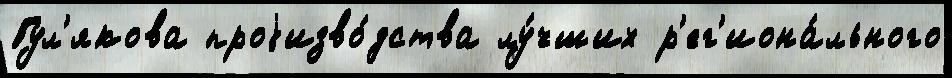
Гул'якова проjизво́дства лу́чших р'ег'иона́льного